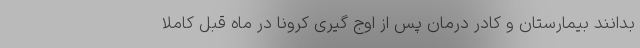
بدانند بیمارستان و کادر درمان پس از اوج گیری کرونا در ماه قبل کاملا